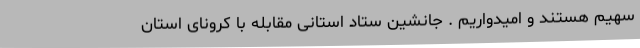
سهیم هستند و امیدواریم . جانشین ستاد استانی مقابله با کرونای استان